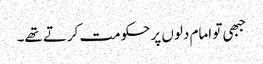
جبھی تو امام دلوں پر حکومت کرتے تھے۔